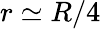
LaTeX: r\simeq R/4